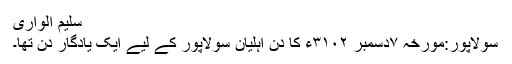
سلیم الواری
سولاپور:مورخہ ۷دسمبر ۳۱۰۲ء کا دن اہلیان سولاپور کے لیے ایک یادگار دن تھا۔